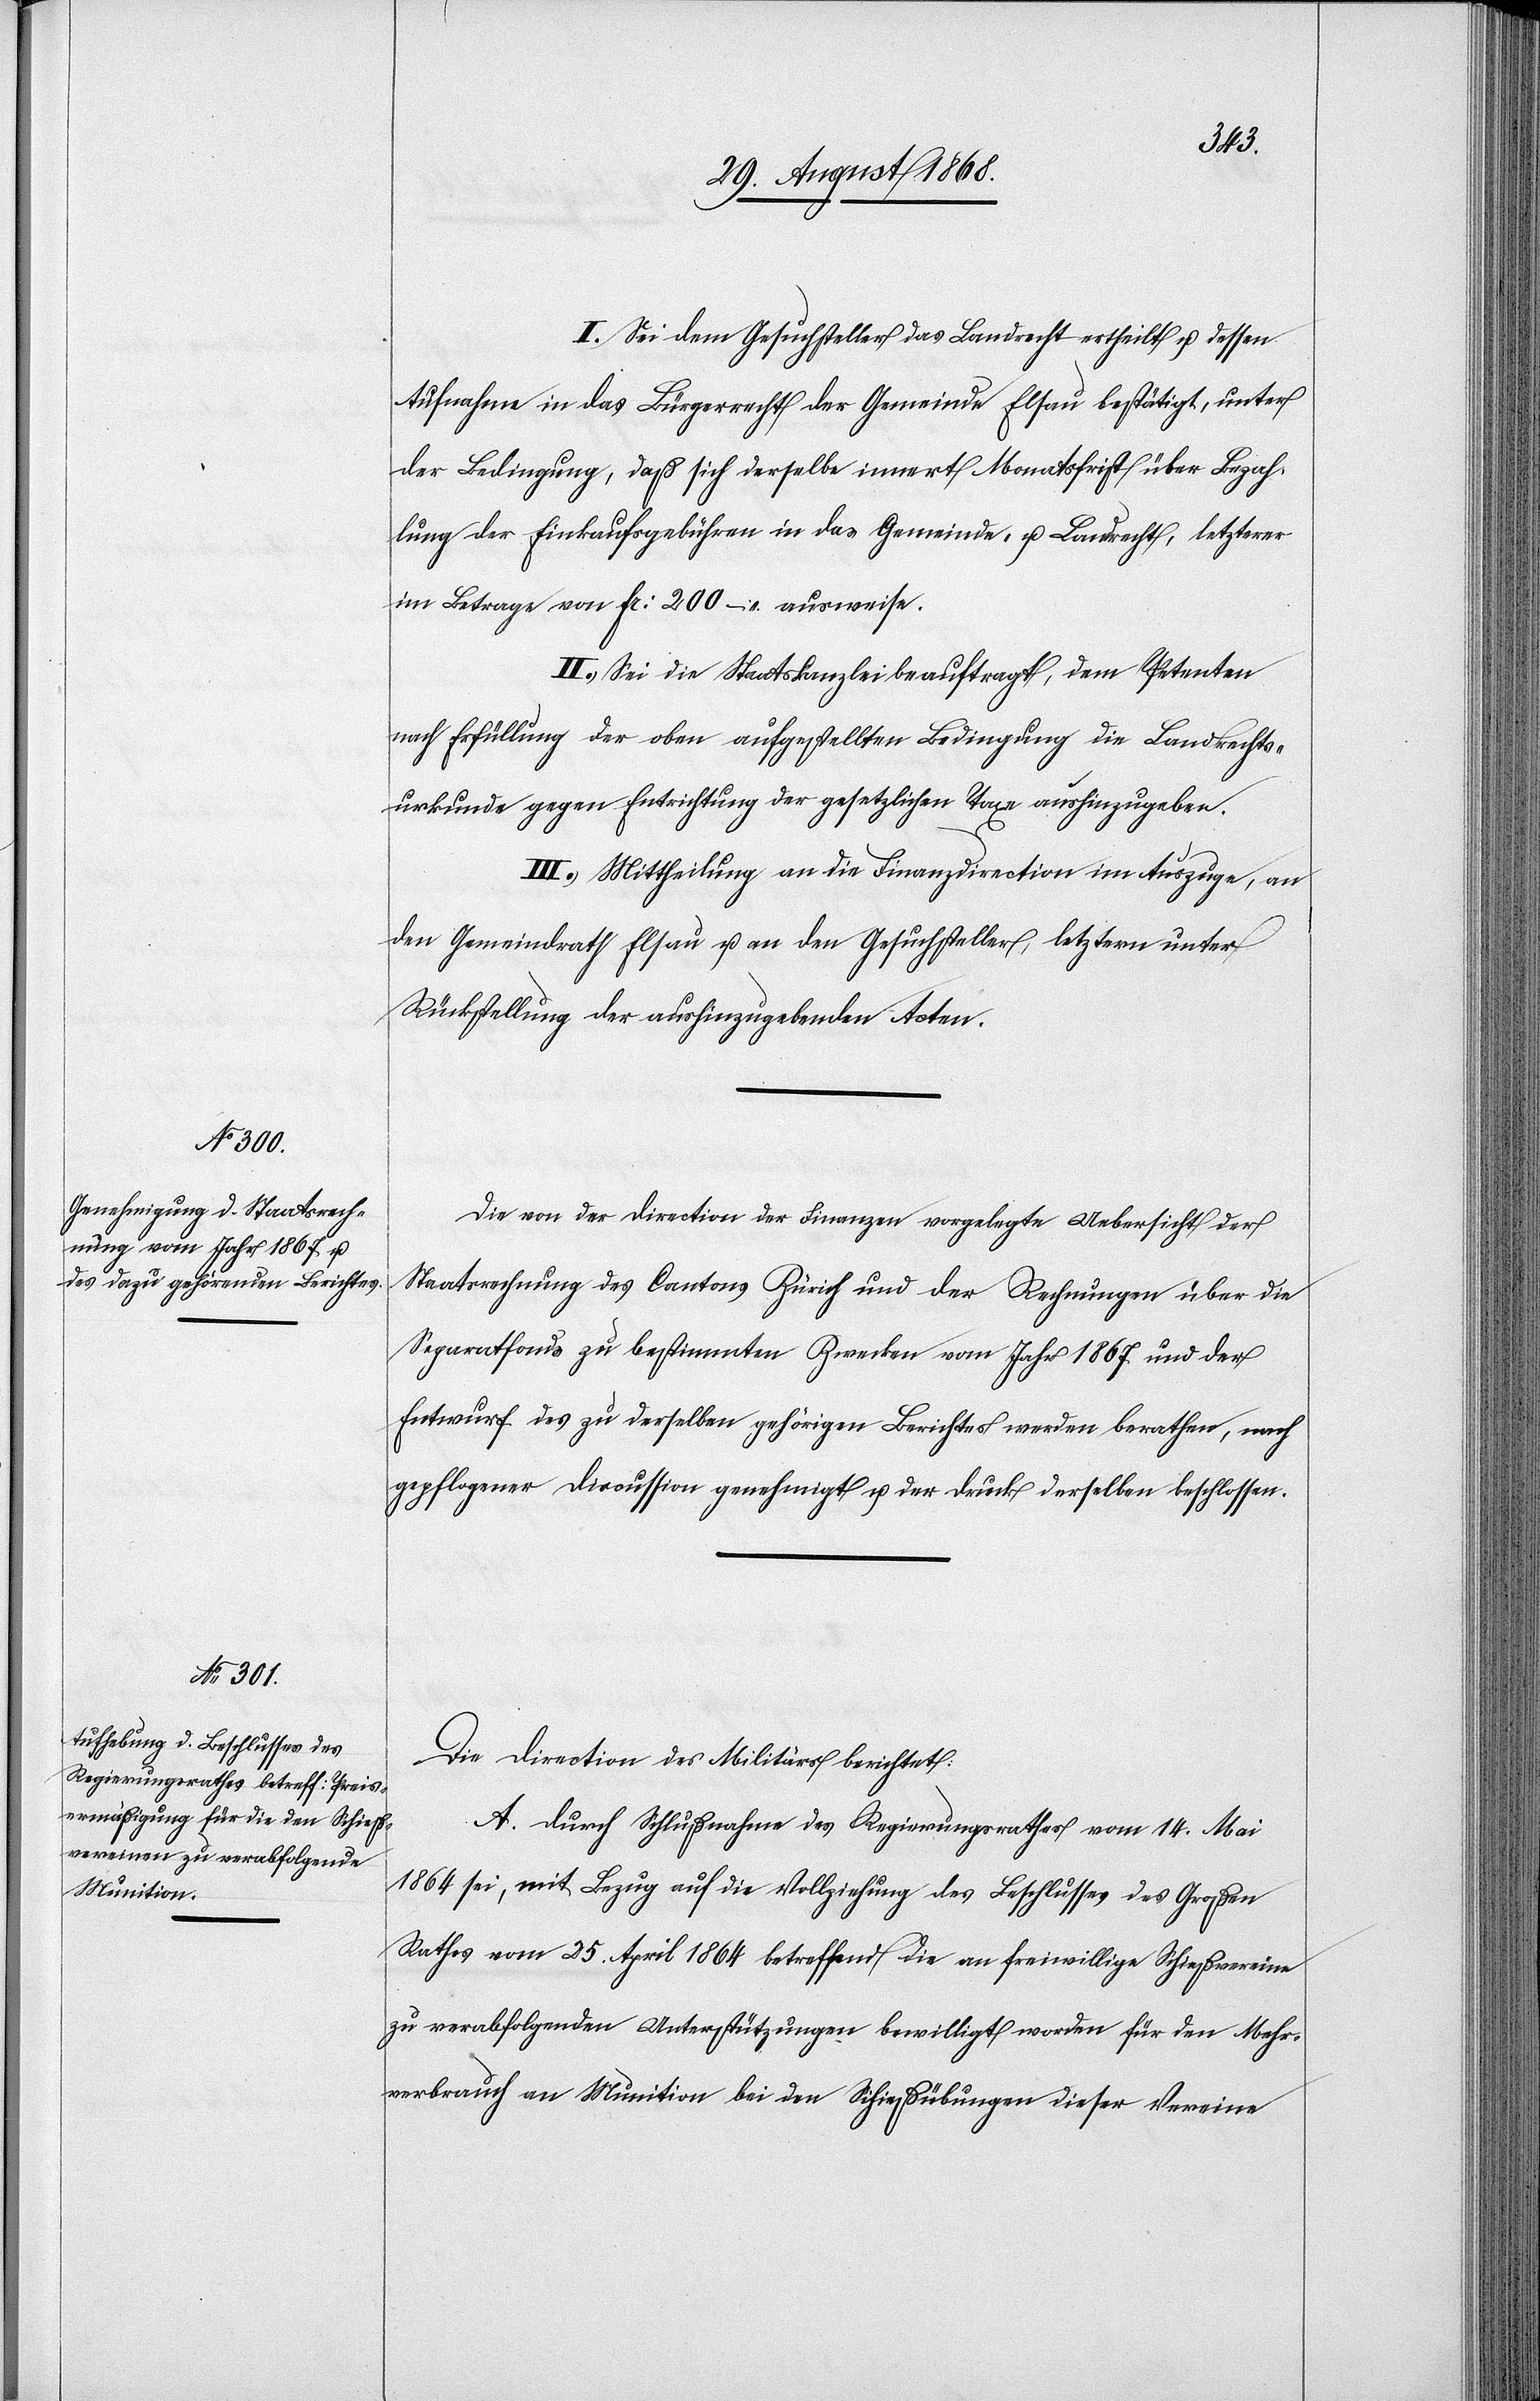
I. Sei dem Gesuchsteller das Landrecht ertheilt u. dessen
Aufnahme in das Bürgerrecht der Gemeinde Elsau bestätigt, unter
der Bedingung, daß sich derselbe innert Monatsfrist über Bezah¬
lung der Einkaufsgebühren in das Gemeinde- u. Landrecht, letzterer
im Betrage von Fr: 200 – ausweise.
II. Sei die Staatskanzlei beauftragt, dem Petenten
nach Erfüllung der oben aufgestellten Bedingung die Landrechts¬
urkunde gegen Entrichtung der gesetzlichen Taxe aushinzugeben.
III. Mittheilung an die Finanzdirection im Auszuge, an
den Gemeindrath Elsau u. an den Gesuchsteller, letztern unter
Rückstellung der aushinzugebenden Acten.
Die von der Direction der Finanzen vorgelegte Uebersicht der
Staatsrechnung des Cantons Zürich und der Rechnungen über die
Separatfonds zu bestimmten Zwecken vom Jahr 1867 und der
Entwurf des zu derselben gehörigen Berichtes werden berathen, nach
gepflogener Discussion genehmigt u. der Druck derselben beschlossen.
Die Direction des Militärs berichtet:
A. Durch Schlußnahme des Regierungsrathes vom 14. Mai
1864 sei, mit Bezug auf die Vollziehung des Beschlusses des Großen
Rathes vom 25. April 1864 betreffend die an freiwillige Schießvereine
zu verabfolgenden Unterstützungen bewilligt worden für den Mehr¬
verbrauch an Munition bei den Schießübungen dieser Vereine